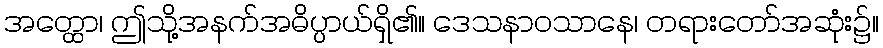
အတ္ထော၊ ဤသို့အနက်အဓိပ္ပာယ်ရှိ၏။ ဒေသနာဝသာနေ၊ တရားတော်အဆုံး၌။